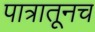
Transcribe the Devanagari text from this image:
पात्रातूनच